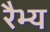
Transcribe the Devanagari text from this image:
रैभ्य